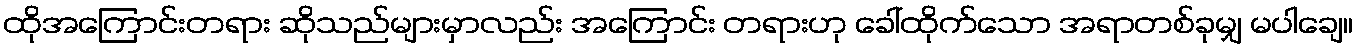
ထိုအကြောင်းတရား ဆိုသည်များမှာလည်း အကြောင်း တရားဟု ခေါ်ထိုက်သော အရာတစ်ခုမျှ မပါချေ။